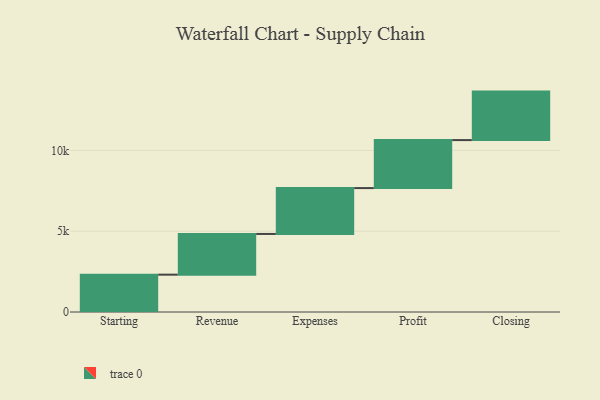
{"axis": {"x": "Step", "y": "Value"}, "legend": [""], "data": [{"x": "Starting", "y": 2310.0, "type": ""}, {"x": "Revenue", "y": 2518.0, "type": ""}, {"x": "Expenses", "y": 2839.0, "type": ""}, {"x": "Profit", "y": 2969.0, "type": ""}, {"x": "Closing", "y": 3000, "type": ""}]}